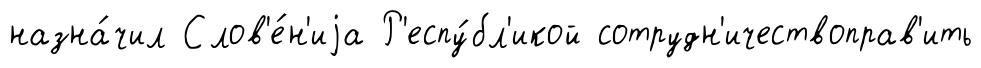
назна́чил Слов'е́н'иjа Р'еспу́бл'икой сотрудн'ичествоправ'ить